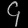
Digit: ၄